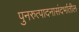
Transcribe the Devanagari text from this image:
पुनरुत्पादनासंदर्भातील